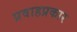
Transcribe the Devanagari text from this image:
प्रवाहप्रकार